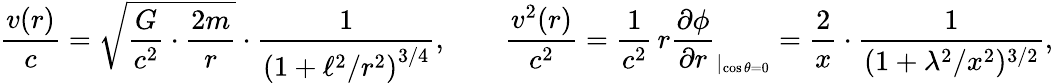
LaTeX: \frac{v(r)}{c}=\sqrt{\frac{G}{c^{2}}\cdot\frac{2m}{r}}\cdot\frac{1}{\left(1+\ell^{2}/r^{2}\right)^{3/4}},\qquad\frac{v^{2}(r)}{c^{2}}=\frac{1}{c^{2}}\, r\frac{\partial\phi}{\partial r}_{|_{\cos\theta=0}}=\frac{2}{x}\cdot\frac{1}{(1+\lambda^{2}/x^{2})^{3/2}},